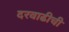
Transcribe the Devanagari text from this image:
दरवाढीची